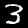
Label: 3